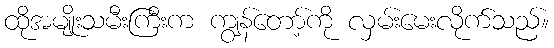
ထိုအမျိုးသမီးကြီးက ကျွန်တော့်ကို လှမ်းမေးလိုက်သည်။